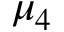
\mu _ { 4 }